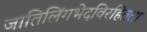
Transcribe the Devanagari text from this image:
जातिलिंगभेदविरहितता